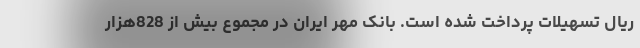
ریال تسهیلات پرداخت شده است. بانک مهر ایران در مجموع بیش از 828هزار